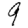
Digit: 9